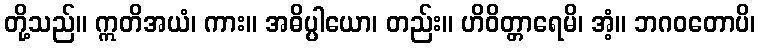
တို့သည်။ ဣတိအယံ၊ ကား။ အဓိပ္ပါယော၊ တည်း။ ဟိဝိတ္တာရေမိ၊ အံ့။ ဘဂဝတောပိ၊